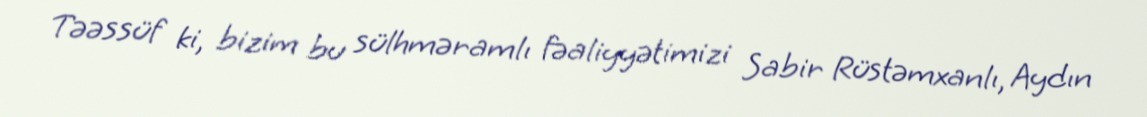
Təəssüf ki, bizim bu sülhməramlı fəaliyyətimizi Sabir Rüstəmxanlı, Aydın